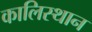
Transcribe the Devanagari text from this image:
कालिस्थान